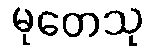
မုတေသု